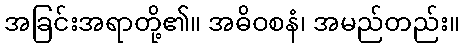
အခြင်းအရာတို့၏။ အဓိဝစနံ၊ အမည်တည်း။